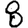
Digit: 8